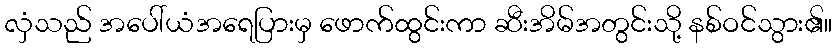
လှံသည် အပေါ်ယံအရေပြားမှ ဖောက်ထွင်းကာ ဆီးအိမ်အတွင်းသို့ နစ်ဝင်သွား၏။